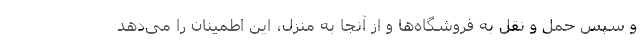
و سپس حمل و نقل به فروشگاه‌ها و از آنجا به منزل، این اطمینان را می‌دهد